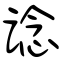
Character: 谂